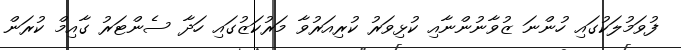
ފުވަމުލަކުގައި ހުންނަ ޒުވާނުންނާއި ކުޅިވަރު ކުރިއަރުވާ މަރުކަޒުގައި ހަދާ ސެންޓަރު ގާއިމް ކުރަން